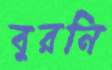
বুরনি